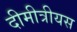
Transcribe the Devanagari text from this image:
दीमीत्रीयस